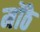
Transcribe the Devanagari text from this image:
मोंठे